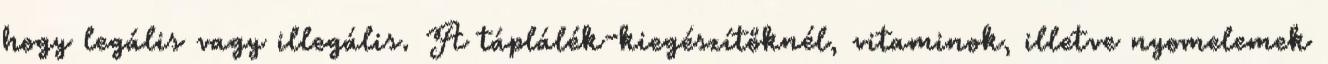
hogy legális vagy illegális. A táplálék-kiegészítőknél, vitaminok, illetve nyomelemek